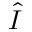
\hat { I }